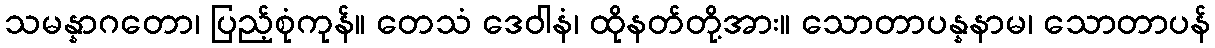
သမန္နာဂတော၊ ပြည့်စုံကုန်။ တေသံ ဒေဝါနံ၊ ထိုနတ်တို့အား။ သောတာပန္နနာမ၊ သောတာပန်